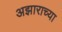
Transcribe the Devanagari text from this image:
अझाराच्या